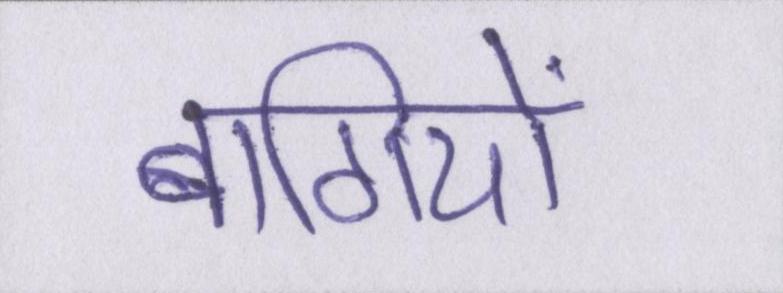
बागियों